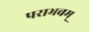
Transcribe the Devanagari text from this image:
पराभवम्‌